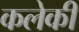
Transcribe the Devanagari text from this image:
कलेकी